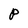
Character: P